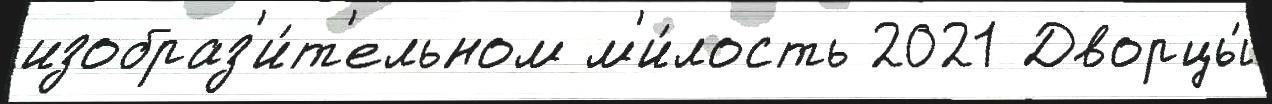
изобраз'и́т'ельном м'и́лость 2021 Дворцы́